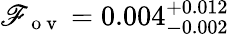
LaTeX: \mathscr{F}_{\mathrm{{~o~v~}}}=0.004_{-0.002}^{+0.012}